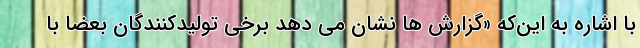
با اشاره به این‌که «گزارش ها نشان می دهد برخی تولیدکنندگان بعضا با